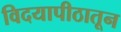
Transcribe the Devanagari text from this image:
विदयापीठातून